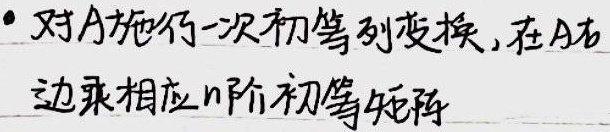
· 对\(A\)施行一次初等列变换，在\(A\)右边乘相应\(n\)阶初等矩阵。